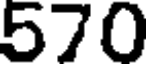
570